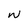
Character: W